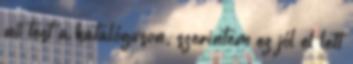
nő test a katalóguson, szerintem ez jól el lett